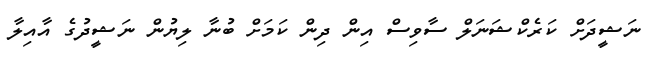
ނަޝީދަށް ކަރެކްޝަނަލް ސާވިސް އިން ދިން ކަމަށް ބުނާ ލިޔުން ނަޝީދުގެ އާއިލާ